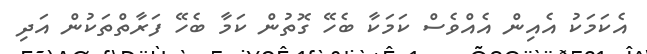
އެކަމަކު އެއިން އެއްވެސް ކަމަކާ ބެހޭ ގޮތުން ކަމާ ބެހޭ ފަރާތްތަކުން އަދި